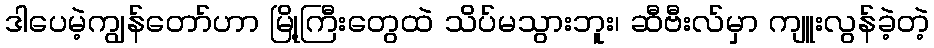
ဒါပေမဲ့ကျွန်တော်ဟာ မြို့ကြီးတွေထဲ သိပ်မသွားဘူး၊ ဆီဗီးလ်မှာ ကျူးလွန်ခဲ့တဲ့